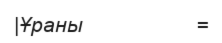
|Ұраны                   =